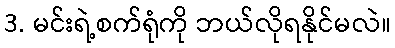
3. မင်းရဲ့စက်ရုံကို ဘယ်လိုရနိုင်မလဲ။